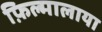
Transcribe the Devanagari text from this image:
फ़िल्मालाया